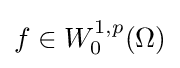
f\in W_{0}^{1,p}(\Omega )